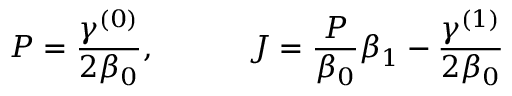
P = { \frac { \gamma ^ { ( 0 ) } } { 2 \beta _ { 0 } } } , ~ ~ ~ ~ ~ ~ ~ ~ ~ J = { \frac { P } { \beta _ { 0 } } } \beta _ { 1 } - { \frac { \gamma ^ { ( 1 ) } } { 2 \beta _ { 0 } } }